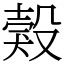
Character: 㺉